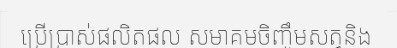
ប្រើប្រាស់ផលិតផល សមាគមចិញ្ចឹមសត្វនិង